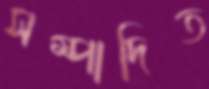
সম্পাদিত